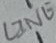
Text: LINE